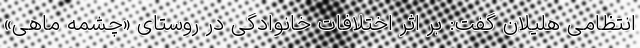
انتظامی هلیلان گفت: بر اثر اختلافات خانوادگی در روستای «چشمه ماهی»